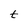
Character: t